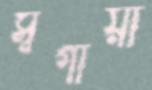
স্বর্গীয়া